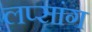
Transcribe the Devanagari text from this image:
लप्सांग